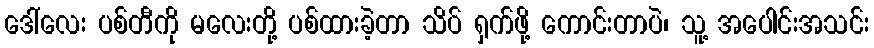
ဒေါ်လေး ပစ်တီကို မလေးတို့ ပစ်ထားခဲ့တာ သိပ် ရှက်ဖို့ ကောင်းတာပဲ၊ သူ့ အပေါင်းအသင်း